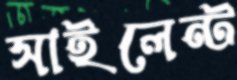
সাইলেন্ট